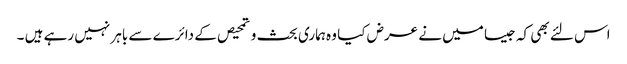
اس لئے بھی کہ جیسا میں نے عرض کیا وہ ہماری بحث و تمحیص کے دائرے سے باہر نہیں رہے ہیں ۔